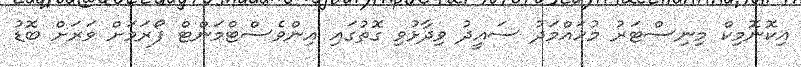
އިކޮނޮމިކް މިނިސްޓަރު މުހައްމަދު ސައީދު ވިދާޅުވި ގޮތުގައި އިންވެސްޓްމަންޓް ފޯރަމަށް ވަރަށް ބޮޑު